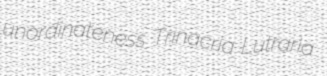
unordinateness Trinacria Lutraria